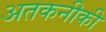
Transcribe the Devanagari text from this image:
अतकनीकी